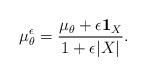
LaTeX: \begin{align*} {\mu}_{\theta}^{\epsilon} = \frac{\mu_{\theta} + \epsilon \mathbf{1}_{X}}{ 1 + \epsilon|X|}.\end{align*}